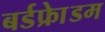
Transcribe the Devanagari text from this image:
बर्डफ्राेेडम